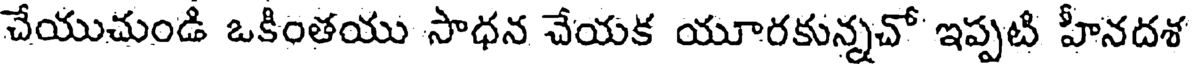
చేయుచుండి ఒకింతయు సాధన చేయక యూరకున్నచో ఇప్పటి హీనదశ